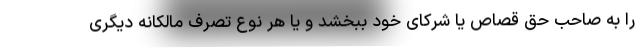
را به صاحب حق قصاص یا شرکای خود ببخشد و یا هر نوع تصرف مالکانه دیگری